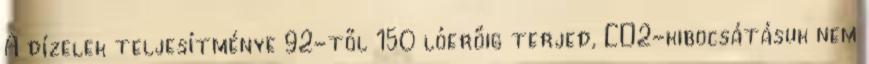
A dízelek teljesítménye 92-től 150 lóerőig terjed, CO2-kibocsátásuk nem